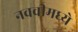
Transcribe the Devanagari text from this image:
नववीमध्ये